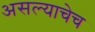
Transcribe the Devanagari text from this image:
असल्याचेच